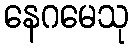
နေဂမေသု